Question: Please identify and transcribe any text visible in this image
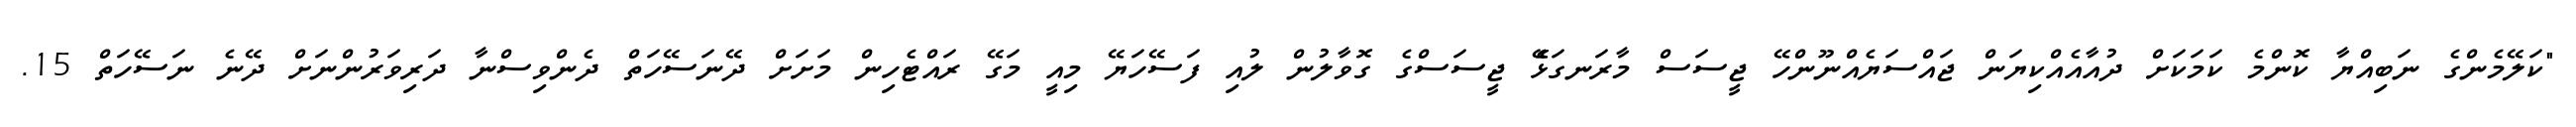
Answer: "ކަލޭމެންގެ ނަބިއްޔާ ކޮންމެ ކަމަކަށް ދުއާއެއްކިޔަން ޖައްސަޔެއްނޫންހޭ ޖީސަސް މާރަނގަޅެޭ ޖީސަސްގެ ގޮވާލުން ލުއި ފަސޭހަޔޭ މިއީ މަގޭ ރައްޓެހިން މަށަށް ދޭނަސޭހަތް ދެންވިސްނާ ދަރިވަރުންނަށް ދޭނެ ނަސޭހަތް 15.